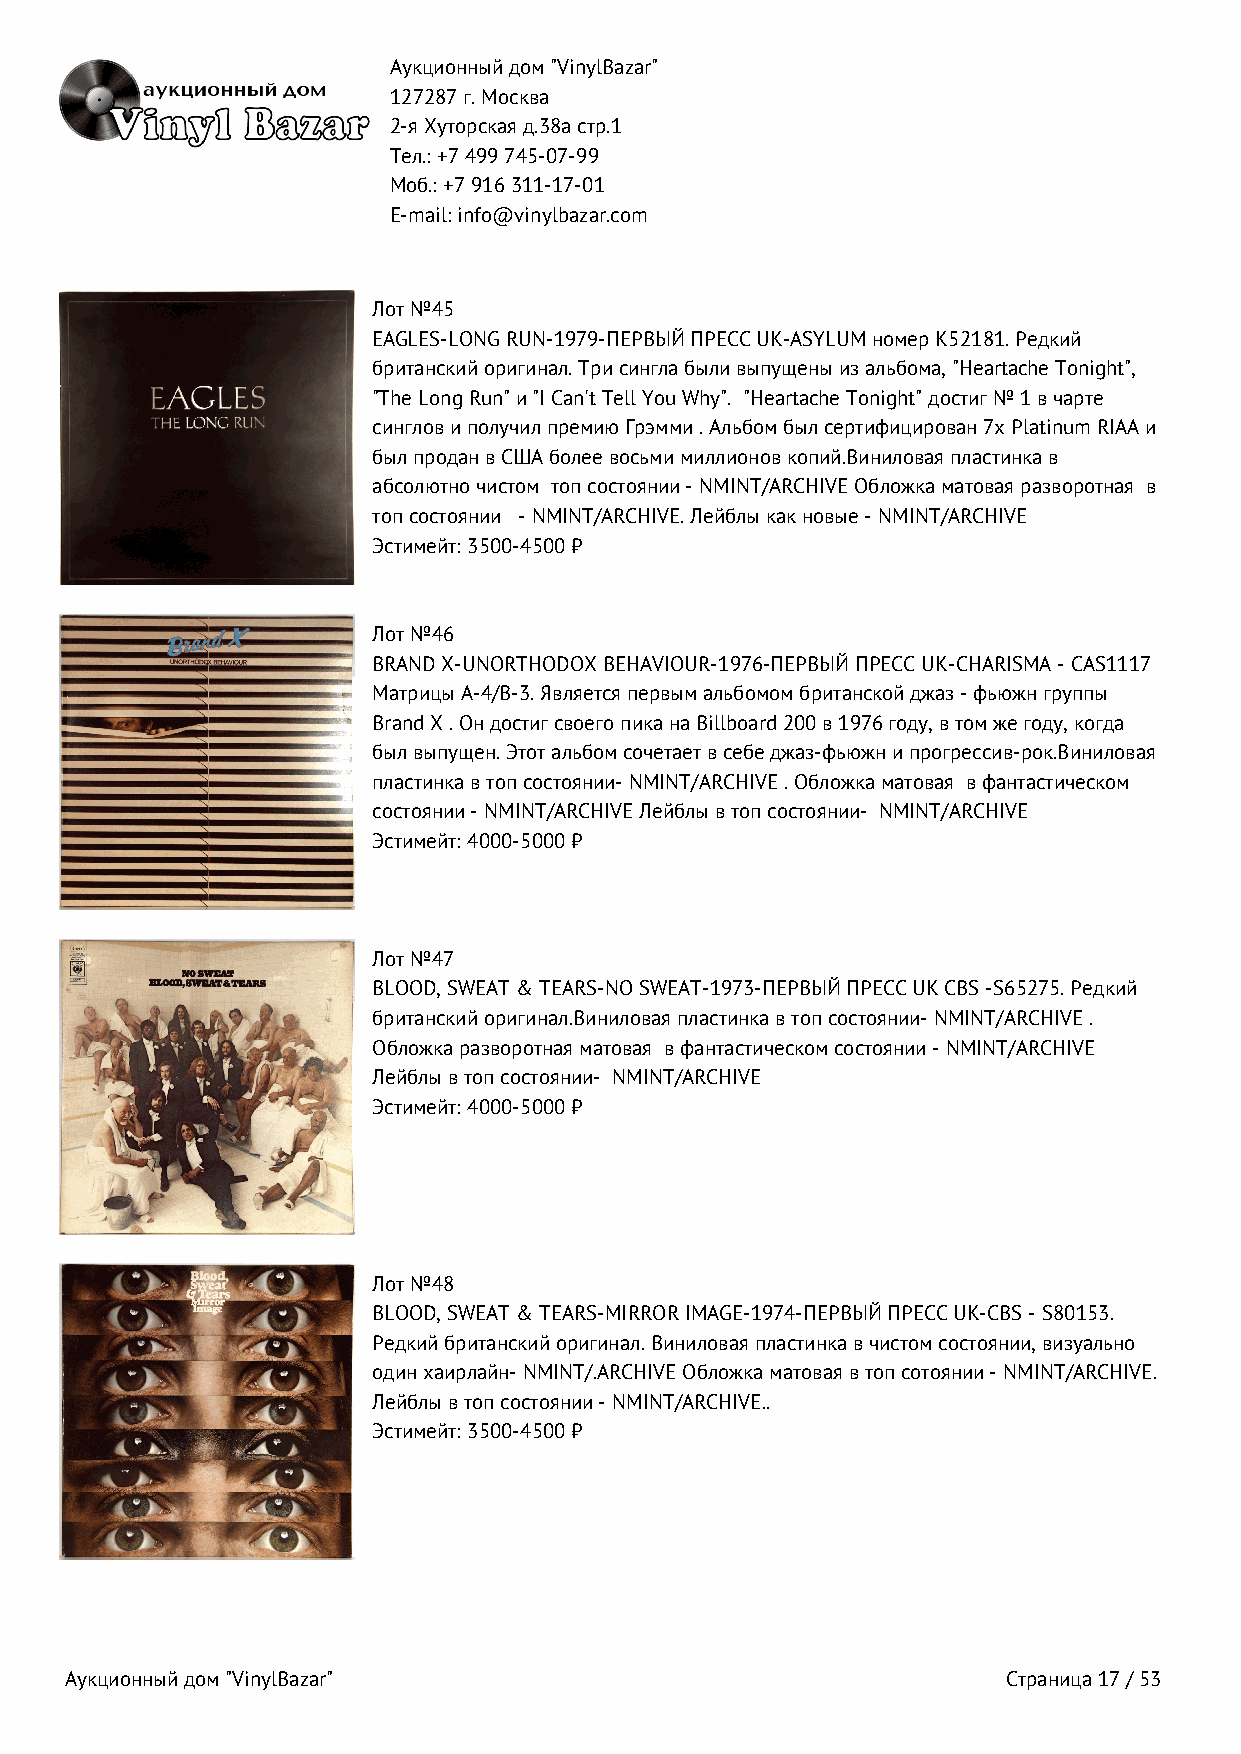
Аукционный дом "VinylBazar"
 127287 г. Москва
 2-я Хуторская д.38а стр.1
 Тел.: +7 499 745‑07‑99
 Моб.: +7 916 311‑17‑01
 E-mail: info@vinylbazar.com
 Лот №45
 EAGLES-LONG RUN-1979-ПЕРВЫЙ ПРЕСС UK-ASYLUM номер K52181. Редкий
 британский оригинал. Три сингла были выпущены из альбома, "Heartache Tonight",
 "The Long Run" и "I Can't Tell You Why". "Heartache Tonight" достиг № 1 в чарте
 синглов и получил премию Грэмми . Альбом был сертифицирован 7х Platinum RIAA и
 был продан в США более восьми миллионов копий.Виниловая пластинка в
 абсолютно чистом топ состоянии - NMINT/ARCHIVE Обложка матовая разворотная в
 топ состоянии - NMINT/ARCHIVE. Лейблы как новые - NMINT/ARCHIVE
 Эстимейт: 3500-4500 ₽
 Лот №46
 BRAND X-UNORTHODOX BEHAVIOUR-1976-ПЕРВЫЙ ПРЕСС UK-CHARISMA - CAS1117
 Матрицы A-4/B-3. Является первым альбомом британской джаз - фьюжн группы
 Brand X . Он достиг своего пика на Billboard 200 в 1976 году, в том же году, когда
 был выпущен. Этот альбом сочетает в себе джаз-фьюжн и прогрессив-рок.Виниловая
 пластинка в топ состоянии- NMINT/ARCHIVE . Обложка матовая в фантастическом
 состоянии - NMINT/ARCHIVE Лейблы в топ состоянии- NMINT/ARCHIVE
 Эстимейт: 4000-5000 ₽
 Лот №47
 BLOOD, SWEAT & TEARS-NO SWEAT-1973-ПЕРВЫЙ ПРЕСС UK CBS -S65275. Редкий
 британский оригинал.Виниловая пластинка в топ состоянии- NMINT/ARCHIVE .
 Обложка разворотная матовая в фантастическом состоянии - NMINT/ARCHIVE
 Лейблы в топ состоянии- NMINT/ARCHIVE
 Эстимейт: 4000-5000 ₽
 Лот №48
 BLOOD, SWEAT & TEARS-MIRROR IMAGE-1974-ПЕРВЫЙ ПРЕСС UK-CBS - S80153.
 Редкий британский оригинал. Виниловая пластинка в чистом состоянии, визуально
 один хаирлайн- NMINT/.ARCHIVE Обложка матовая в топ сотоянии - NMINT/ARCHIVE.
 Лейблы в топ состоянии - NMINT/ARCHIVE..
 Эстимейт: 3500-4500 ₽
 Аукционный дом "VinylBazar"                                    Страница 17 / 53